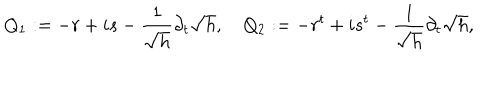
Q _ { 1 } : = - r + i s - \frac { 1 } { \sqrt { h } } \partial _ { t } \sqrt { h } , \quad Q _ { 2 } : = - r ^ { t } + i s ^ { t } - \frac { 1 } { \sqrt { h } } \partial _ { t } \sqrt { h } ,